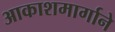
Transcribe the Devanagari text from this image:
आकाशमार्गाने